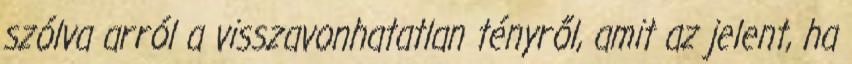
szólva arról a visszavonhatatlan tényről, amit az jelent, ha